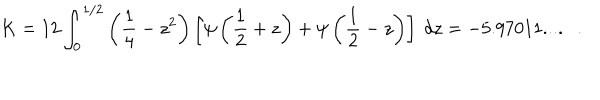
LaTeX: K = 1 2 \int _ { 0 } ^ { 1 / 2 } \left( { \frac { 1 } { 4 } } - z ^ { 2 } \right) \left[ \psi \left( { \frac { 1 } { 2 } } + z \right) + \psi \left( { \frac { 1 } { 2 } } - z \right) \right] ~ d z = - 5 . 9 7 0 1 1 . . . . .